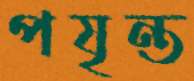
পযৃন্ত